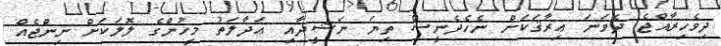
ދިވެހިރާއްޖެ ދެވަނަ ޢިރާޤަކަށް ނެހެދެނީސް ތިޔަ ނަޝީދާއި ޢަދާލަތު މީހުންގެ ލޮލަކަށް ނިންޖެއް